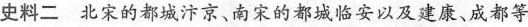
史料二 北宋的都城汴京、南宋的都城临安以及建康、成都等